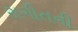
સગીતની